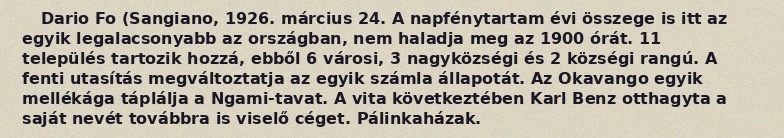
Dario Fo (Sangiano, 1926. március 24. A napfénytartam évi összege is itt az egyik legalacsonyabb az országban, nem haladja meg az 1900 órát. 11 település tartozik hozzá, ebből 6 városi, 3 nagyközségi és 2 községi rangú. A fenti utasítás megváltoztatja az egyik számla állapotát. Az Okavango egyik mellékága táplálja a Ngami-tavat. A vita következtében Karl Benz otthagyta a saját nevét továbbra is viselő céget. Pálinkaházak.